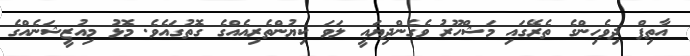
އާތިފް ދިވެހިންގެ ތެރޭގައި މަޝްހޫރު ވެގެންދިޔައީ ލަވަ ކިޔުންތެރިއެއްގެ ގޮތުގައެވެ. މޮޅު މިއުޒީޝަނެއްގެ